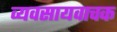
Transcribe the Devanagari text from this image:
व्यवसायवाचक